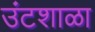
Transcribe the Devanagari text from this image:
उंटशाळा